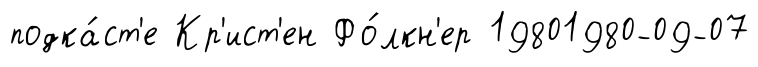
подка́ст'е Кр'ист'ен Фо́лкн'ер 19801980-09-07